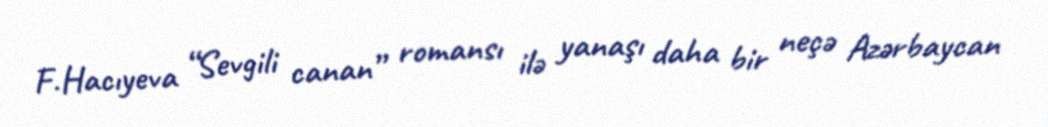
F.Hacıyeva “Sevgili canan” romansı ilə yanaşı daha bir neçə Azərbaycan